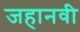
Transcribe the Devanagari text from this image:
जहानवी